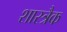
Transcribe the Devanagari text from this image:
शास्त्रैक